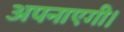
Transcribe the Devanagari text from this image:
अपनाएगी।